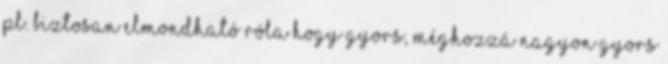
pl. biztosan elmondható róla hogy gyors, méghozzá nagyon gyors